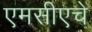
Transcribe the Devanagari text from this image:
एमसीएचे